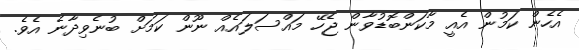
އެހެން ކަމުން އެއީ މާކަންބޮޑުވާން ޖެހޭ މައްސަލައެއް ނޫން ކަމަށް ބުނެވިދާނެ އެވެ.